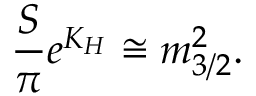
{ \frac { \cal S } { \pi } } e ^ { K _ { H } } \cong m _ { 3 / 2 } ^ { 2 } .